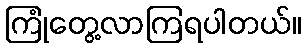
ကြုံတွေ့လာကြရပါတယ်။